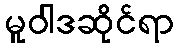
မူဝါဒဆိုင်ရာ